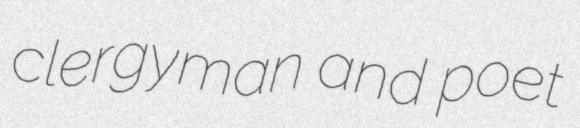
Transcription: clergyman and poet